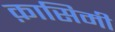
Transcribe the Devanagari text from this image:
क़ासिमी